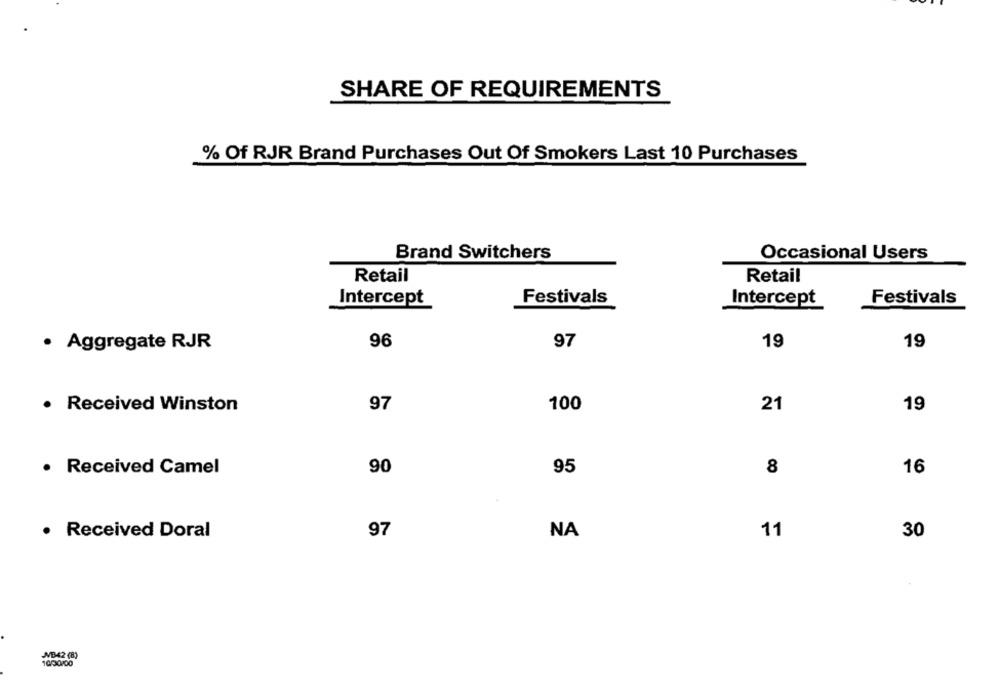
SHARE OF REQUIREMENTS
% Of RJR Brand Purchases Out Of Smokers Last 10 Purchases
Brand Switchers
Occasional Users
Retail
Retail
Festivals
Festivals
Intercept
Intercept
· Aggregate RJR
96
97
19
19
Received Winston
97
100
21
19
· Received Camel
90
95
8
16
· Received Doral
97
NA
11
30
JB42 (8)
10/00100